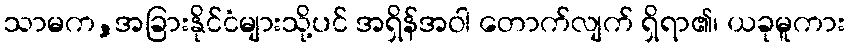
သာမက,အခြားနိုင်ငံများသို့ပင် အရှိန်အဝါ တောက်လျက် ရှိရာ၏၊ ယခုမူကား